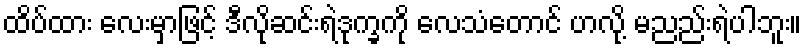
ထိပ်ထား လေးမှာဖြင့် ဒီလိုဆင်းရဲဒုက္ခကို လေသံတောင် ဟလို့ မညည်းရဲပါဘူး။